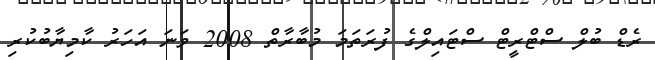
ރެޑް ބުލް ސްޓްރީޓް ސްޓައިލްގެ ފުރަތަމަ މުބާރާތް 2008 ވަނަ އަހަރު ކާމިޔާބުކުރި